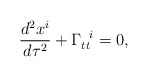
\begin{align*}\frac{d^2x^i}{d\tau^2} + \Gamma_{tt}^{\hspace{.2 true cm} i} =0, \end{align*}